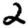
Digit: 2